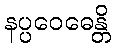
နပ္ပဝေဓေန္တိ